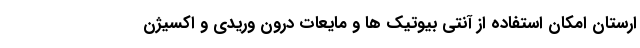
ارستان امکان استفاده از آنتی بیوتیک ها و مایعات درون وریدی و اکسیژن